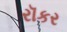
રૉકર